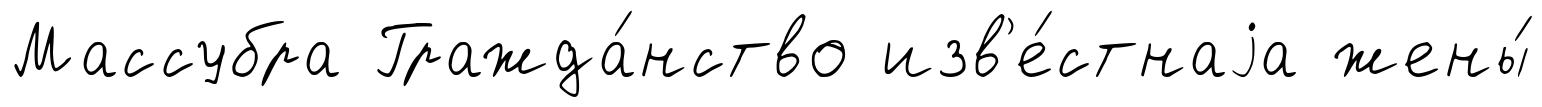
Массубра Гражда́нство изв'е́стнаjа жены́